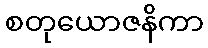
စတုယောဇနိကာ